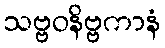
သဗ္ဗဝနိဗ္ဗကာနံ